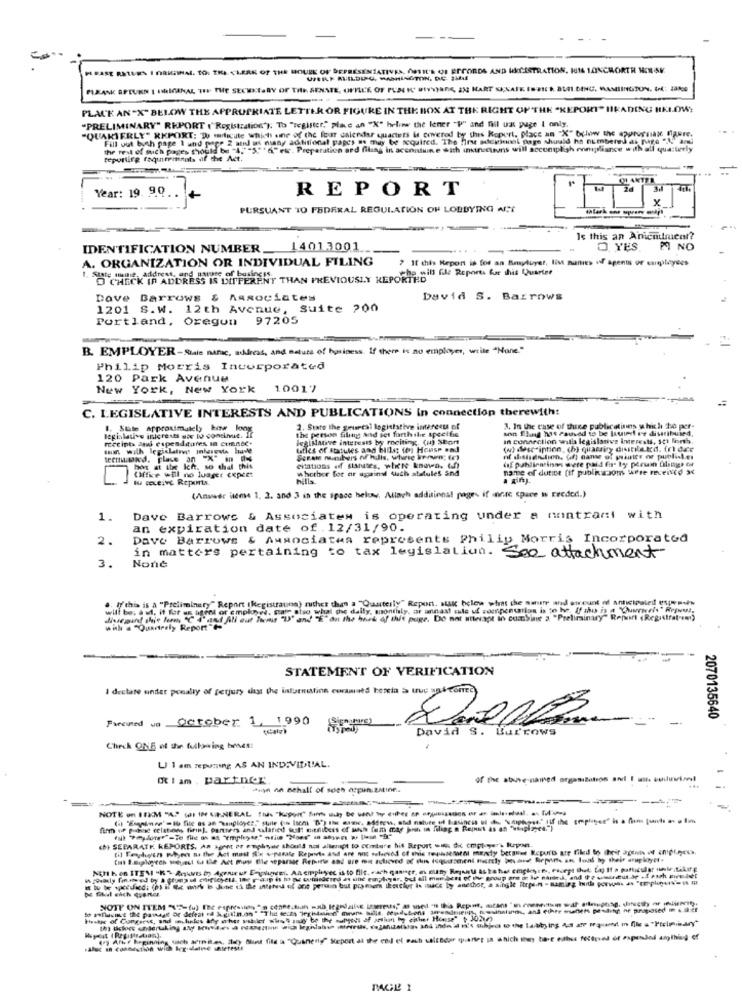
PRISE RETVEN I ORKANAL. TO: THE CLERK OF THE HOLUK OF DEPRESENIATIVES, ASTIE'S QU EPCORDS AND MSCISTRATION. 16 1ANCHORTH MmSM.
PIXANK APEUKN I ORIGINAL THE. THE SECRETARY OF THE SENATE, OFFICE OF PLACE SITTHERE, AN HART SIKAIK IE-FICK BLEI.DING. MAMIINGTON, Url: 1880
PLACE AN "X" BELOW THE APPROPRIATE LETTER OR FIGURE IN THE BOX AT THE RIGHT OF THE "KEPORT" IIRADING HKLOW;
"PRELIMINARY" REPORT (" Registration"). To "register," place an "X" helow the lener "P" and fill uas puge I only.
"QUARTERLY" RKPORT: Do marlicute which one of the four calendar quarters is covered by this koport, place an "X" below the appreciate faure.
Fill out bych page 1 und page 2 and ut nusay actitional papes as may be required. The first adekional page should ha numbered ak pige "Land
the rest of such pages should be "4, "5"""etc. Preparation and filing in accoutuine with instructions will accomplish compliance with all quarterly
reporting faqutriments of the Act.
...
Year: 19. 90.
REPORT
1+
PURSUANT TO FEDERAL REGULATION OF LOBBYING AT
Is this an Anicnulnicol?
IDENTIFICATION NUMBER _14013001
O YES
P NO
A. ORGANIZATION OR INDIVIDUAL FILING
If this Report is for an Benyluyet, list nunes of agents of csapatayees
" O CHECK IF ADDRESS IS DIFFERENT THAN PREVIOUSLY REPORTES Reports fe this Quarter
Dave Barrows & Associates
David S. Barrows
1201 S.W. 12th Avenue, Suite 200
Portland, Oregon 97205
B. EMPLOYER-Sale nanic, address, and nature of business. If there is no employer, write "None."
Philip Morris Incorporated
120 Park Avenue
New York, New York 10017
C. LEGISLATIVE INTERESTS AND PUBLICATIONS In connection therewith:
1. State Approximately kow king
the person filing and set forth the specific
2. Siate the geuresl legislative interesu of
son Shing has Pauved is be louied re distribuind.
3. In the case of thee publications which he per-
legislative interests une 19 continue. If
legislative interests by rociting. (a) Stort
In connection wills legislative Interests, set forth.
Litles of statules and bille (o) House and
(w) description, (h) quaminy distileted. (r) dar
tectwand, place an "X" in -
(sf publientinans were paid for ty persin tilities of
citations off slanates, where known, 6f)
whether for ar upain which atstules and
name of durite (if publicsom, were received at
Office will no luager expert
wu ceive Reports
hills.
(Answer items 1, 3. and 3 in the space below, Allach additional pages if monte space Is Frodod.)
1.
Dave Barrows & Associates is operating under a montrant with
an expiration date of .12/31/90.
2.
Dave Barrows & Associates represents Philip Morris Incorporated
in matters pertaining to tax legislation. See attachment
3.
.. ly this is a "Preliminary" Report (Registrauna) rather than a "Quarterly" Report. sak hclow what the nature and streunt of anticipated! es
will be, a ul, it for us agent or employed, craie sho whal the daily, monthly, ar annas cule uf compentarios is to be, If tho is a "here!" Rrows,
depint thie here "CIand All out Thems "I' and "E"on the hoek of this page. Do not utteragt in combine a "Preliminary" Report (Registret-sei)
with a "Quarterly Report"-
STATEMENT OF VERIFICATION
I dectare under preally of fetjury ahast the information corned hercia >> tuc anteorico
Frecuted vs October 1, 1990
2070135640
David S. Burrows
Check ONif of the fullswing benet:
U 1 am RepUTIng AS AN INDIVIDUAL.
iam . partner
of the stone-named organization and I u. buduwine!
wijn on Behalf of soch ospun.zatine ..
NOTE on TEXM "A" (I IN VENERAL Thskon --------------- ---
fim of passe celations firin), panters and salaned tul: mitfibers of sulhh fum mag bous in filing a Reput as an "winplages.")
(h) SEPARATE REPORTS, An Agent pr employer should not allerupt 10 Cmtere hit Report win dk cmplayer. lupon.
til Feyhyen whyen sa the Act mail flix separate Reports and are not sebeved of this requests merely betales Kepurs are filed to their agents of empires.
Mul cich Gener.
Haakse of Congerss, and thedes boly ocher vak let wish sady be the sunsets of artium by either House" 1 3027)
(7) Aler beginning dach sermit.es, Staty Blunt file is "Quanesly" Sieport at the end of each valtBear quantes in which they bare eubss forved of expended anything of
Alut in connection with legislative shtereste
PAGE 1